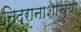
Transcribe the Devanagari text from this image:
निद्रानाशाच्या